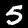
Label: 5